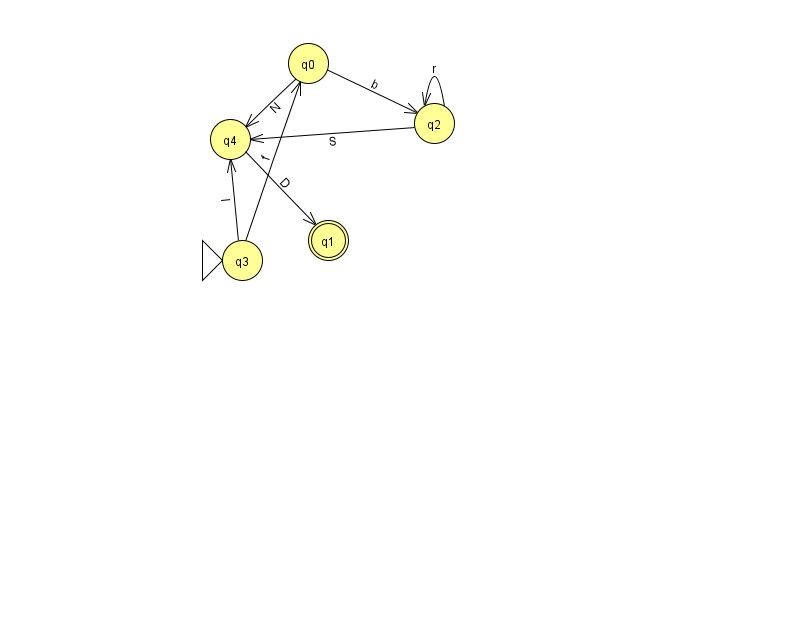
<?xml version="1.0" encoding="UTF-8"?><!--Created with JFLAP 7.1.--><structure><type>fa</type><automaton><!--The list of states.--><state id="0" name="q0"><x>308.0</x><y>50.0</y></state><state id="1" name="q1"><x>328.0</x><y>227.0</y><final/></state><state id="2" name="q2"><x>434.0</x><y>110.0</y></state><state id="3" name="q3"><x>242.0</x><y>247.0</y><initial/></state><state id="4" name="q4"><x>230.0</x><y>126.0</y></state><!--The list of transitions.--><transition><from>2</from><to>2</to><read>r</read></transition><transition><from>0</from><to>4</to><read>N</read></transition><transition><from>0</from><to>2</to><read>b</read></transition><transition><from>3</from><to>0</to><read>f</read></transition><transition><from>3</from><to>4</to><read>l</read></transition><transition><from>4</from><to>1</to><read>D</read></transition><transition><from>2</from><to>4</to><read>S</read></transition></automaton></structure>